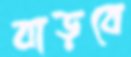
বাড়বে